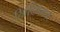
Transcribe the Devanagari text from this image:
सिस्टिममध्ये